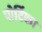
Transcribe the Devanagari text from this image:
पोर्टिका